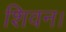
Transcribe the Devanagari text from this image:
शिवन।